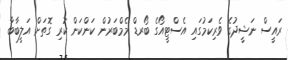
ރައީސް ނަޝީދުގެ ވެރިކަމުގައި އެސްޓީއޯގެ ބޯރޑް މެމްބަރުން ކަންކަން ކުރި ގޮތަށް އަލީބާބާ